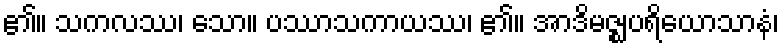
၏။ သကလဿ၊ သော။ ပဿာသကာယဿ၊ ၏။ အာဒိမဇ္ဈပရိယောသာနံ၊